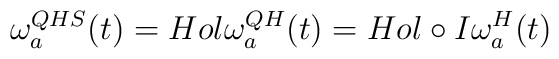
\omega_{a}^{QHS}(t)=Hol  \omega_{a}^{QH}(t)= Hol  \circ  I  \omega_{a}^{H}(t)